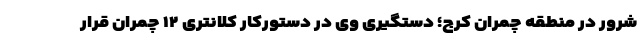
شرور در منطقه چمران کرج؛ دستگیری وی در دستورکار کلانتری ۱۲ چمران قرار